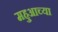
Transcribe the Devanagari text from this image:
महुआच्या